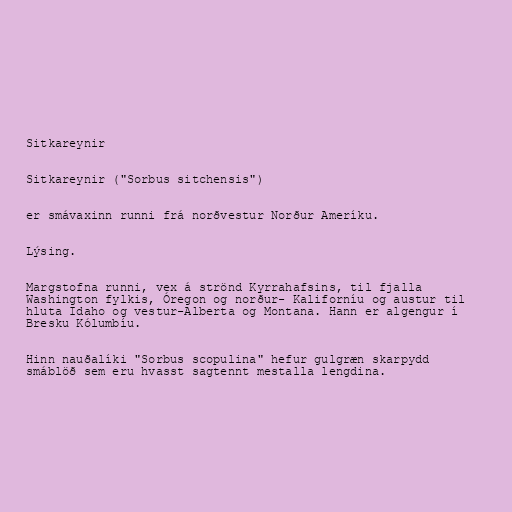
Sitkareynir

Sitkareynir ("Sorbus sitchensis")

er smávaxinn runni frá norðvestur Norður Ameríku.

Lýsing.

Margstofna runni, vex á strönd Kyrrahafsins, til fjalla
Washington fylkis, Óregon og norður- Kaliforníu og austur til
hluta Idaho og vestur-Alberta og Montana. Hann er algengur í
Bresku Kólumbíu.

Hinn nauðalíki "Sorbus scopulina" hefur gulgræn skarpydd
smáblöð sem eru hvasst sagtennt mestalla lengdina.